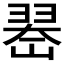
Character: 𱻚